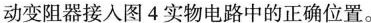
动变阻器接人图4实物电路中的正确位置。